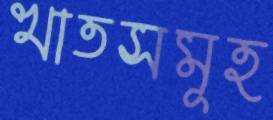
খাতসমূহ